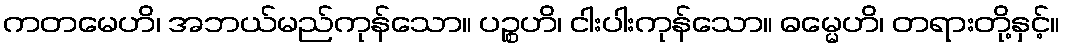
ကတမေဟိ၊ အဘယ်မည်ကုန်သော။ ပဉ္စဟိ၊ ငါးပါးကုန်သော။ ဓမ္မေဟိ၊ တရားတို့နှင့်။